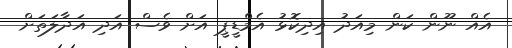
އެއް ނޫން ކަން މިއަދު އިދިކޮޅު އެމްޑީޕީ އަށް ވެސް އަދި އަދާލަތަށް